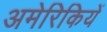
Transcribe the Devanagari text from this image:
अमेरिकियें